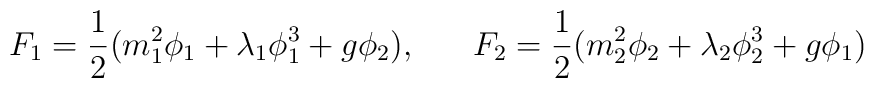
F_{1} =\frac{1}{2} (m_{1}^{2} \phi_{1} + \lambda_{1} \phi_{1}^{3} + g \phi_{2}), \;\;\;\;\;\;F_{2} =\frac{1}{2} (m_{2}^{2} \phi_{2} + \lambda_{2} \phi_{2}^{3} + g \phi_{1})